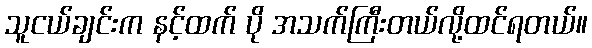
သူငယ်ချင်းက နင့်ထက် ပို အသက်ကြီးတယ်လို့ထင်ရတယ်။